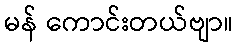
မန် ကောင်းတယ်ဗျာ။